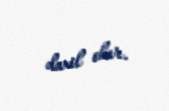
daxil olur.